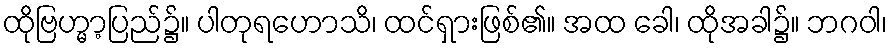
ထိုဗြဟ္မာ့ပြည်၌။ ပါတုရဟောသိ၊ ထင်ရှားဖြစ်၏။ အထ ခေါ၊ ထိုအခါ၌။ ဘဂဝါ၊